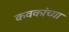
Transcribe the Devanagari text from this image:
कवकांच्या